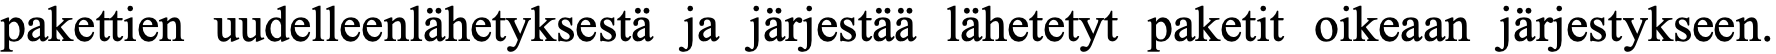
pakettien uudelleenlähetyksestä ja järjestää lähetetyt paketit oikeaan järjestykseen.